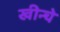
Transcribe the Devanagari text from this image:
खीन्चे